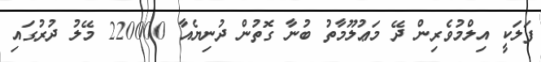
ފަލަކީ އިލްމުވެރިން ދޭ މަޢުލޫމާތު ބުނާ ގޮތުން ދުނިޔެއާ 220000 މޭލު ދުރުގައި